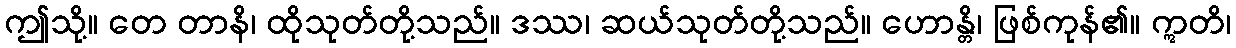
ဤသို့။ တေ တာနိ၊ ထိုသုတ်တို့သည်။ ဒဿ၊ ဆယ်သုတ်တို့သည်။ ဟောန္တိ၊ ဖြစ်ကုန်၏။ ဣတိ၊